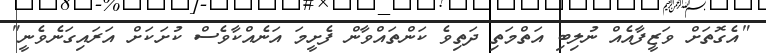
"އެގޮތަށް ވަޒީފާއެއް ނުލިބި އަތްމަތި ދަތިވެ ކަންތައްވާން ފެށީމަ އަނެއްކާވެސް ކުށަކަށް އަރައިގަނެވެނީ"